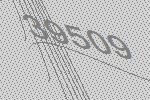
39509